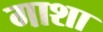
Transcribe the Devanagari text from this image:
गाशा